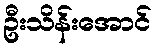
ဦးသိန်းအောင်